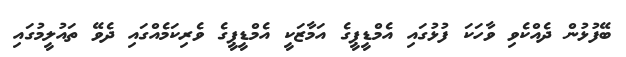
ބޭފުޅުން ދެއްކެވި ވާހަކަ ފުޅުގައި އެމްޑީޕީގެ އަމާޒަކީ އެމްޑީޕީގެ ވެރިކަމެއްގައި ދެވޭ ތައުލީމުގައި